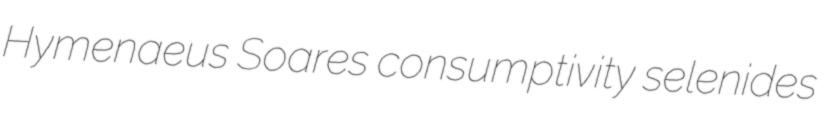
Hymenaeus Soares consumptivity selenides